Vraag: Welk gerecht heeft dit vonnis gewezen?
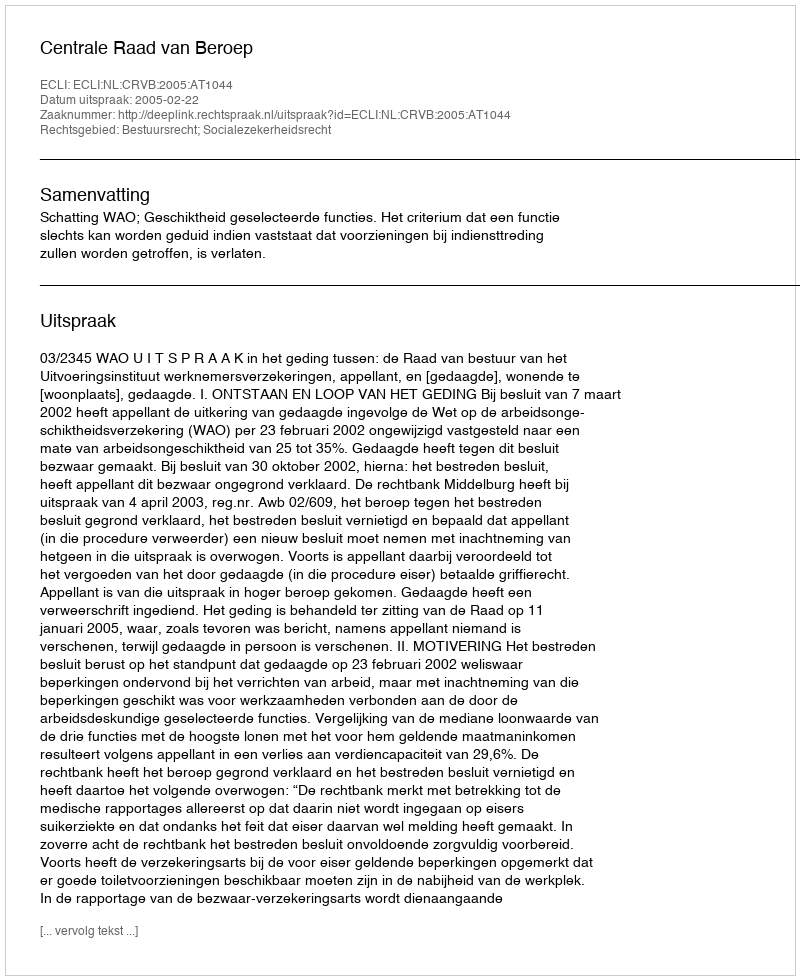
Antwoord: Centrale Raad van Beroep